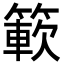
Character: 簐